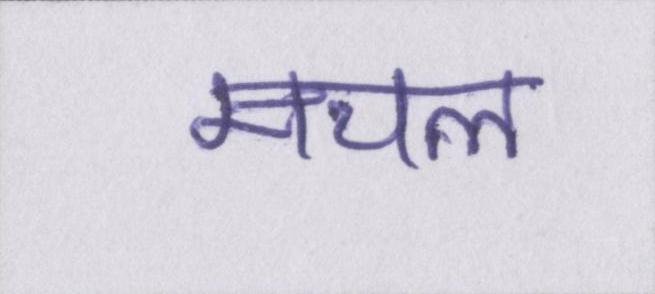
मचल